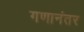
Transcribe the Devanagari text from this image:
गणानंतर